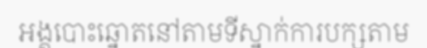
អង្គបោះឆ្នោតនៅតាមទីស្នាក់ការបក្សតាម